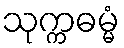
သုက္ကဓမ္မံ